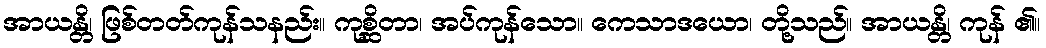
အာယန္တိ၊ ဖြစ်တတ်ကုန်သနည်း။ ကုစ္ဆိတာ၊ အပ်ကုန်သော။ ကေသာဒယော၊ တို့သည်။ အာယန္တိ၊ ကုန် ၏။